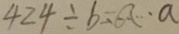
4 2 4 \div b = a \cdots a